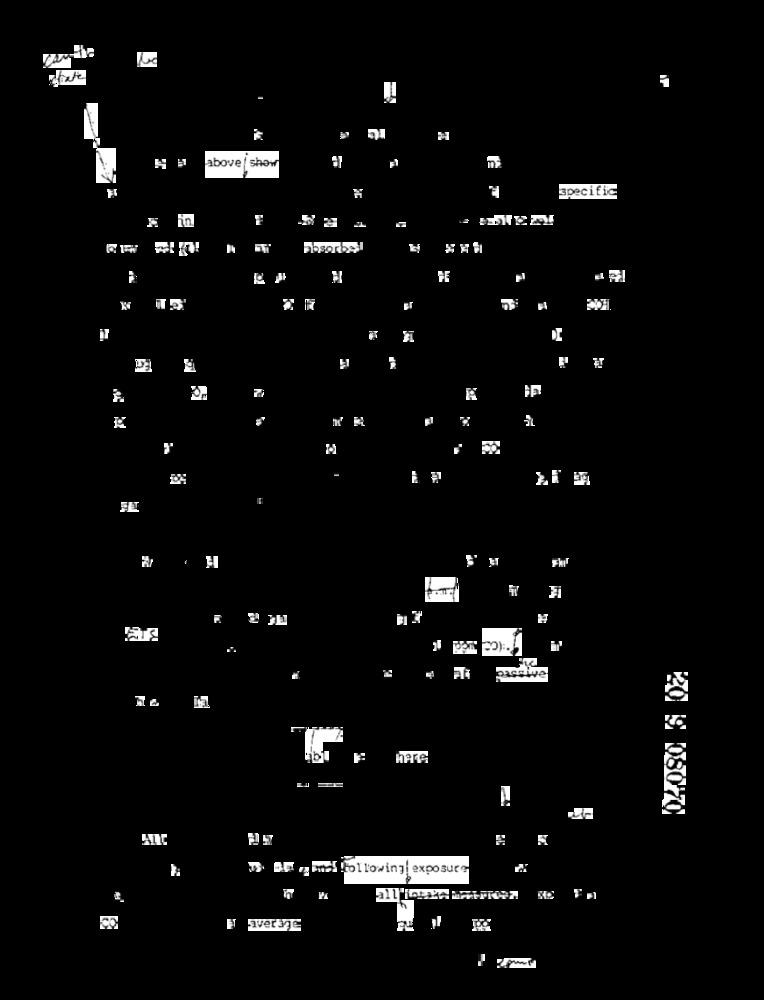
above / show
specific
FT
Ein
Absorbe
11
7
1
Dacciwe
20 9 08070
5. BEM hollowing| exposure
aver 3ge